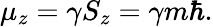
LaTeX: \mu_{z}=\gamma S_{z}=\gamma m\hbar.